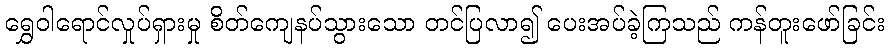
ရွှေဝါရောင်လှုပ်ရှားမှု စိတ်ကျေနပ်သွားသော တင်ပြလာ၍ ပေးအပ်ခဲ့ကြသည် ကန်တူးဖော်ခြင်း